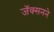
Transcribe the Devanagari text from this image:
जॅक्सनने